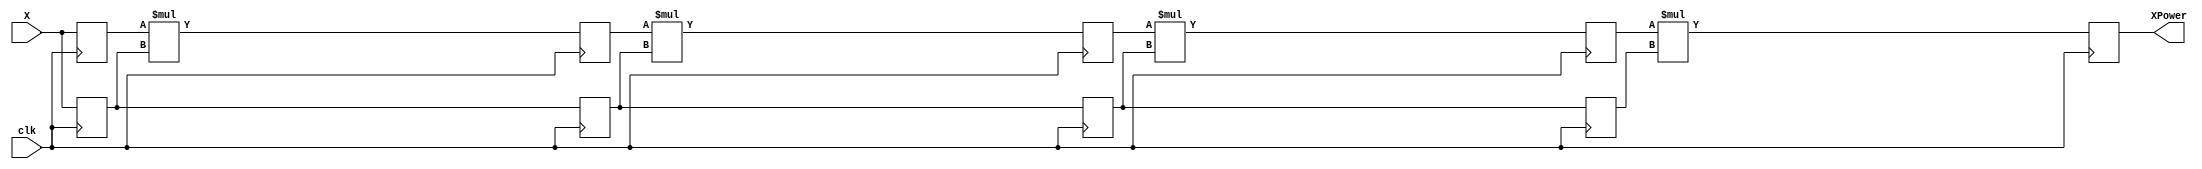
module test1_a(
output reg [7:0] XPower,
input clk,
input [7:0] X
);
reg [7:0] XPower1, XPower2, XPower3, XPower4;
reg [7:0] X1, X2, X3, X4;

always @(posedge clk) begin
	// Pipeline stage 1
	X1 <= X;
	XPower1 <= X;
	// Pipeline stage 2
	X2 <= X1;
	XPower2 <= XPower1 * X1;
	// Pipeline stage 3
	X3 <= X2;
	XPower3 <= XPower2 * X2;
	// Pipeline stage 4
	X4 <= X3;
	XPower4 <= XPower3 * X3;
	// Pipeline stage 5
	XPower <= XPower4 * X4;	
end

endmodule